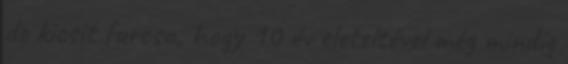
de kicsit furcsa, hogy 10 év eleteltével még mindíg